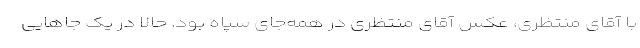
با آقای منتظری، عکس آقای منتظری در همه‌جای سپاه بود. حالا در یک جاهایی